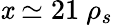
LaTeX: \mathit{x}\simeq21\ \rho_{s}